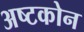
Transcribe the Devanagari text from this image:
अष्टकोन